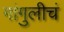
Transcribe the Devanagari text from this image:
गांगुलीचं